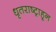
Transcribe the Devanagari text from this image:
धृतराष्ट्राहून